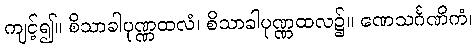
ကျင့်၍။ စိသာခါပုဏ္ဏထလံ၊ စိသာခါပုဏ္ဏထလ၌။ ဏေသင်္ဂဏိကံ၊